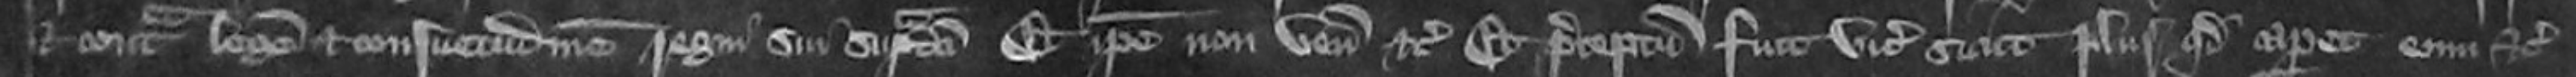
et contra legem et consuetudinem regni sui supradicti Et ipse non venit etc Et preceptum fuit vicecomiti sicut plurie quod caperet eum etc